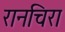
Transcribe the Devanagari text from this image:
रानचिरा